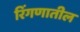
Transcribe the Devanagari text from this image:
रिंगणातील